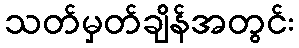
သတ်မှတ်ချိန်အတွင်း